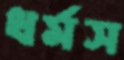
ধর্মস